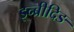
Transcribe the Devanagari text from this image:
इन्ब्रीदिङ